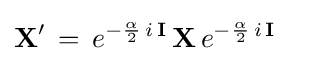
{\textbf {X}}'\,=\,e^{-{\frac {\alpha }{2}}\,i\,{\textbf {I}}}\,{\textbf {X}}\,e^{-{\frac {\alpha }{2}}\,i\,{\textbf {I}}}\quad